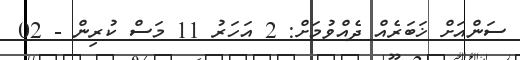
ސަންއަށް ޚަބަރެއް ދެއްވުމަށް: 2 އަހަރު 11 މަސް ކުރިން - 02